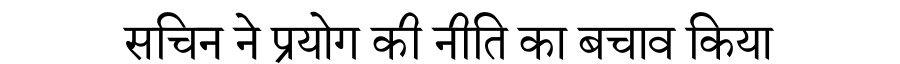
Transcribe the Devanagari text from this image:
सचिन ने प्रयोग की नीति का बचाव किया